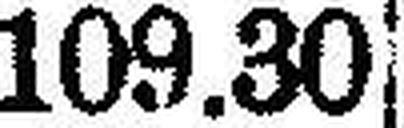
109.30